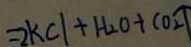
= 2 k C l + H _ { 2 } O + C O _ { 2 } \uparrow